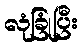
လုံခြုံပြီး